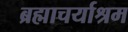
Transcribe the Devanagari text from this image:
ब्रह्माचर्याश्रम